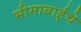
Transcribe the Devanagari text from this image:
भीमाबाईचे